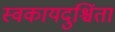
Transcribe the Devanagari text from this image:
स्वकायदुश्चिंता